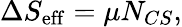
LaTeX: \Delta S_{\mathrm{eff}}=\mu N_{CS},